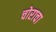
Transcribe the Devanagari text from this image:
चोराचा